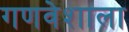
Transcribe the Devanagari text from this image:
गणवेशाला